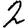
Digit: 2